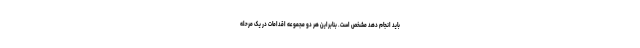
باید انجام دهد مشخص است. بنابراین هر دو مجموعه اقدامات در یک مرحله